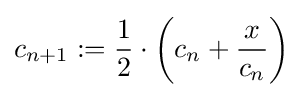
c_{n+1}:={\frac {1}{2}}\cdot \left(c_{n}+{\frac {x}{c_{n}}}\right)